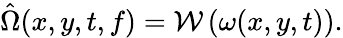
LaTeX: \hat{\Omega}(x,y,t,f)=\mathcal{W}\left(\omega(x,y,t)\right).